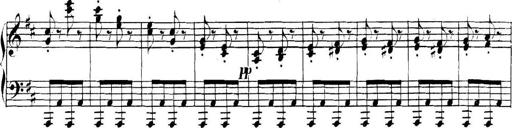
Title: Collected Piano Sonatas
Composer: Muzio Clementi